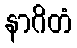
နာဂိတံ